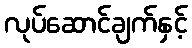
လုပ်ဆောင်ချက်နှင့်